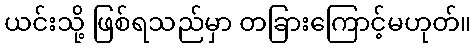
ယင်းသို့ ဖြစ်ရသည်မှာ တခြားကြောင့်မဟုတ်။